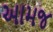
આમજ